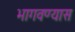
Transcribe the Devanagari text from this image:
भागवण्यास